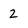
Character: 2